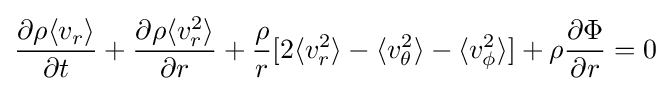
{\partial \rho \langle v_{r}\rangle  \over \partial t}+{\partial \rho \langle v_{r}^{2}\rangle  \over \partial r}+{\rho  \over r}[2\langle v_{r}^{2}\rangle -\langle v_{\theta }^{2}\rangle -\langle v_{\phi }^{2}\rangle ]+\rho {\partial \Phi  \over \partial r}=0